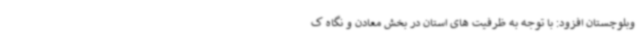
وبلوچستان افزود: با توجه به ظرفیت های استان در بخش معادن و نگاه ک